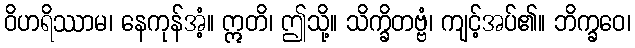
ဝိဟရိဿာမ၊ နေကုန်အံ့။ ဣတိ၊ ဤသို့။ သိက္ခိတဗ္ဗံ၊ ကျင့်အပ်၏။ ဘိက္ခဝေ၊